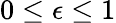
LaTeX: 0\leq\epsilon\leq 1